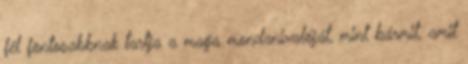
fél fontosabbnak tartja a maga mondanivalóját, mint bármit, amit